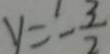
v = - \frac { 3 } { 2 }